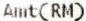
AMT(RM)